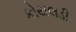
કોયલડી